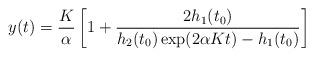
LaTeX: \begin{align*} y(t)= \frac{K}{\alpha}\left[1+\frac{2h_{1}(t_{0})}{h_{2}(t_{0})\exp(2\alpha Kt)- h_{1}(t_{0})}\right]\end{align*}